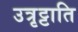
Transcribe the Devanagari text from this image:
उत्रृट्टाति